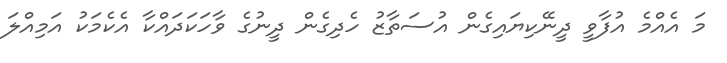
މަ އެއްމެ އުފާވީ ދީނޭކިޔައިގެން އުސަތާޒު ހެދިގެން ދީނުގެ ވާހަކަދައްކާ އެކެމަކު އަމިއްލަ